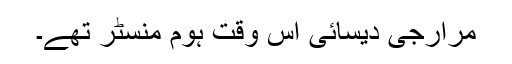
مرارجی دیسائی اس وقت ہوم منسٹر تھے۔